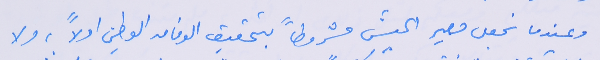
وعندما نجعل مصير الجيش مشروطاً بتحقيق الوفاق الوطني اولاً؛ ولا